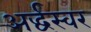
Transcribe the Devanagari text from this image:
अर्द्धस्वर